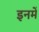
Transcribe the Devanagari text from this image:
इनमेँ